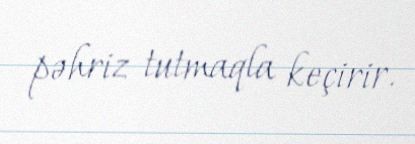
pəhriz tutmaqla keçirir.